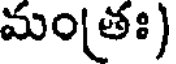
మం(తః)